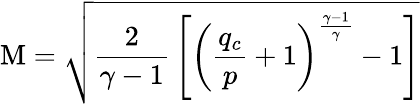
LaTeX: \mathrm{M}={\sqrt{{\frac{2}{\gamma-1}}\left[\left({\frac{q_{c}}{p}}+1\right)^{\frac{\gamma-1}{\gamma}}-1\right]}}